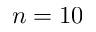
n = 1 0